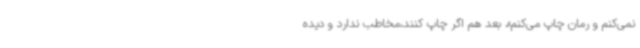
نمی‌کنم و رمان چاپ می‌کنم»، بعد هم اگر چاپ کنند،مخاطب ندارد و دیده